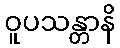
ဝူပသန္တာနိ